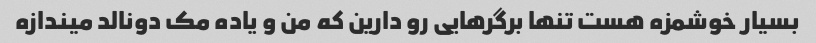
بسیار خوشمزه هست تنها برگرهایی رو دارین که من و یاده مک دونالد میندازه